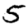
Digit: 5